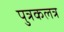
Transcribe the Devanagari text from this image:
पुत्रकलत्र